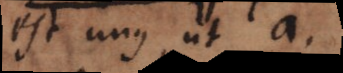
est unus, ut a.